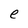
Character: e